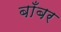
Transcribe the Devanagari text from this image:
बाँबर